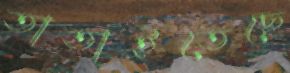
তাতাইতেছে